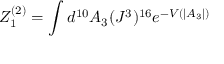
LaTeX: { \cal Z } _ { 1 } ^ { ( 2 ) } = \int d ^ { 1 0 } A _ { 3 } ( J ^ { 3 } ) ^ { 1 6 } e ^ { - V ( | A _ { 3 } | ) }